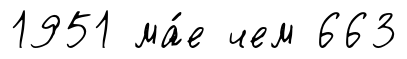
1951 ма́е чем 663